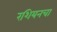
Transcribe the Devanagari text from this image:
रशियनचा